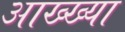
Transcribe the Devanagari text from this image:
आख्‍ख्या